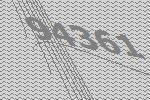
94361